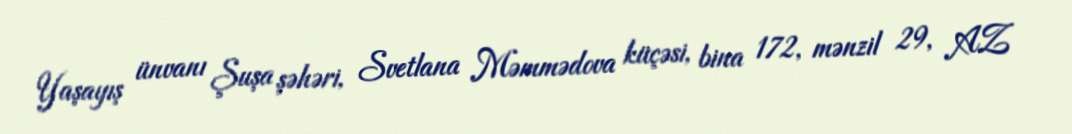
Yaşayış ünvanı Şuşa şəhəri, Svetlana Məmmədova küçəsi, bina 172, mənzil 29, AZ